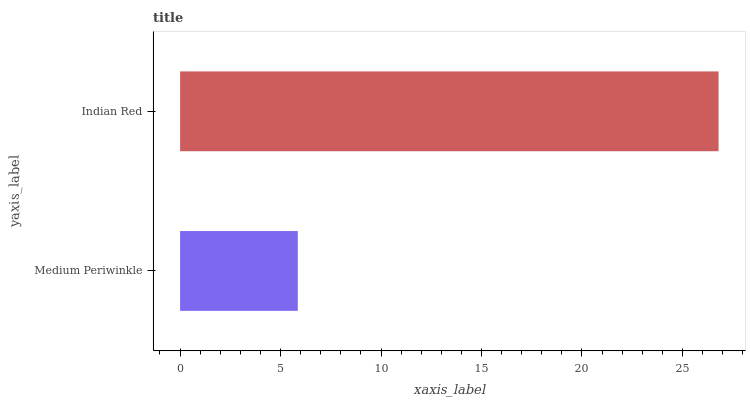
| yaxis_label | bars |
 | --- | --- |
 | Medium Periwinkle | 5.86 |
 | Indian Red | 26.8 |